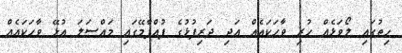
ހިތުގައި ލޯވަޅެއް ހުރި ވާހަކައެއް އަދި ދަރިފުޅުގެ ފުއްޕާމޭގައި މައްސަލަ އުޅޭ ވާހަކައެއް